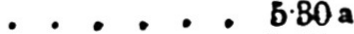
...... 5.30a